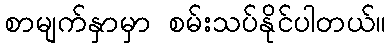
စာမျက်နှာမှာ စမ်းသပ်နိုင်ပါတယ်။